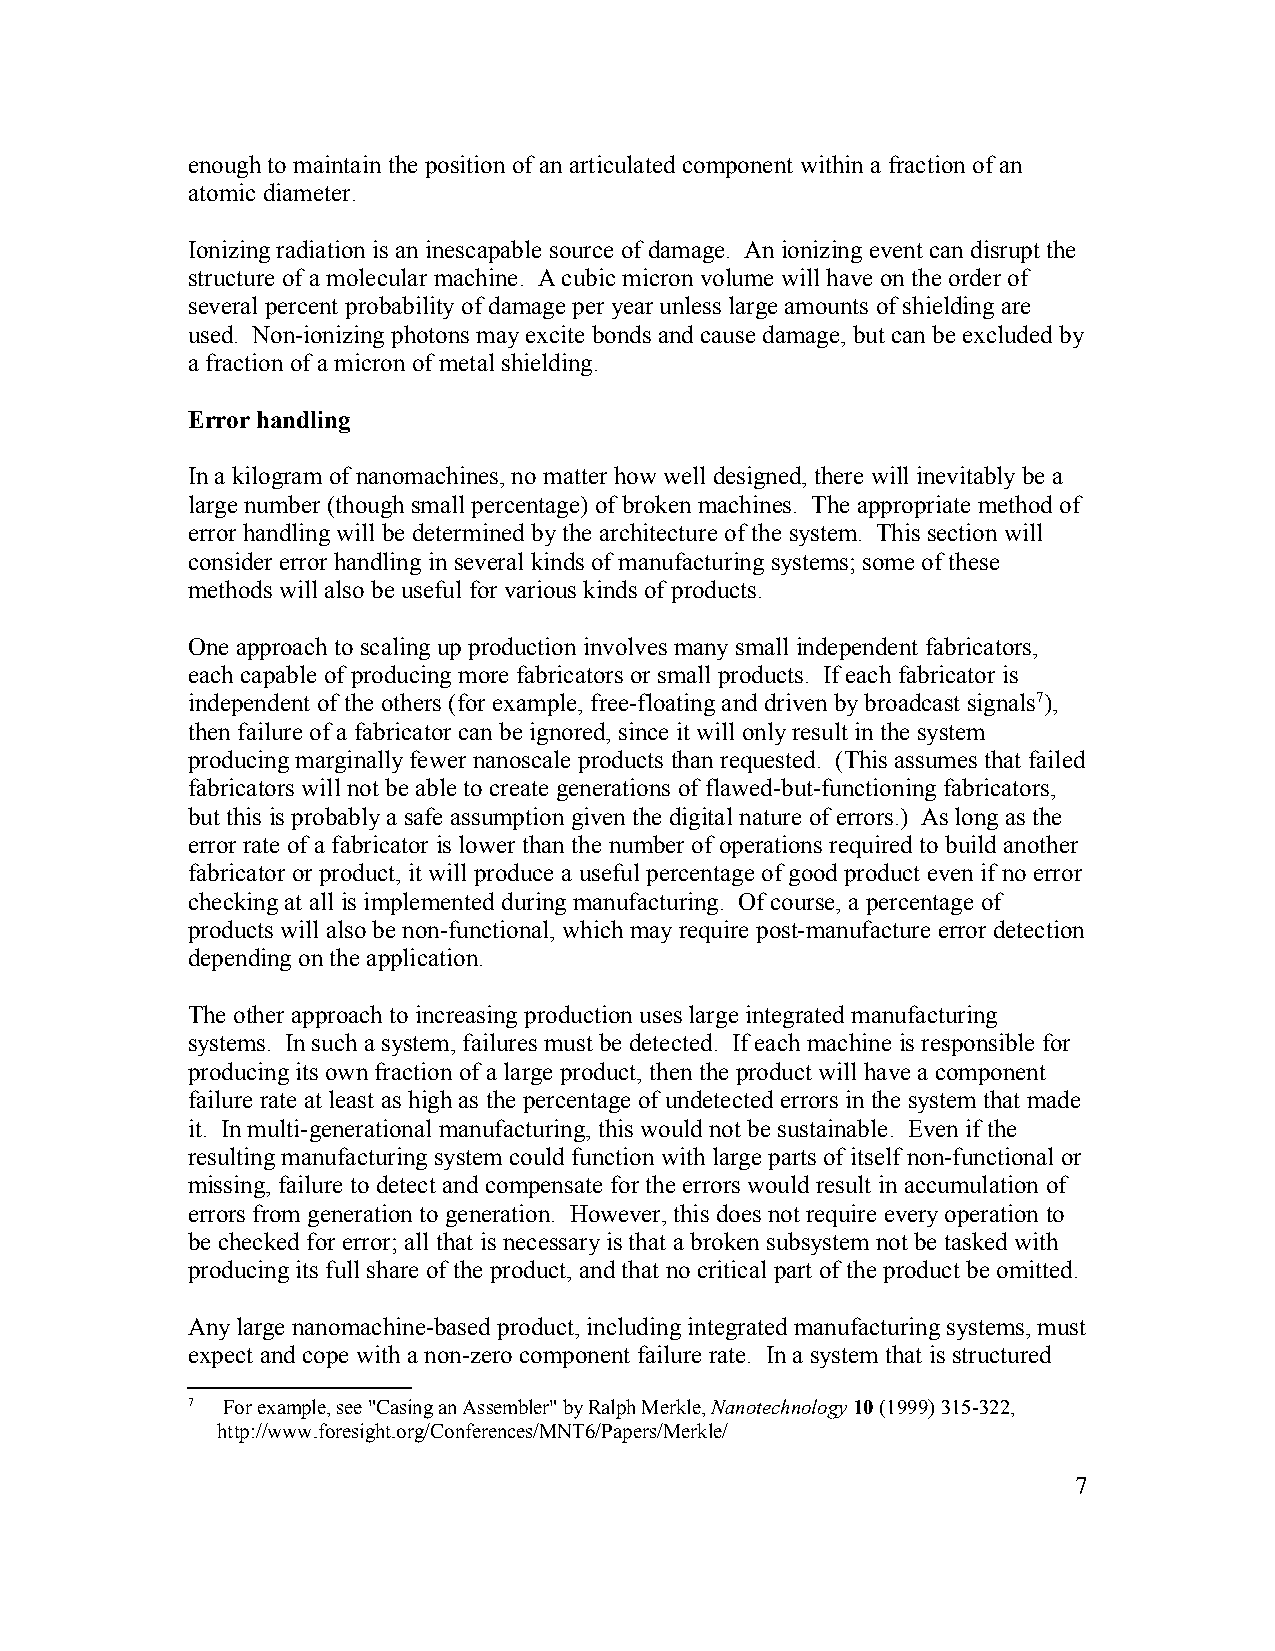
enough to maintain the position of an articulated component within a fraction of an
 atomic diameter.
 Ionizing radiation is an inescapable source of damage. An ionizing event can disrupt the
 structure of a molecular machine. A cubic micron volume will have on the order of
 several percent probability of damage per year unless large amounts of shielding are
 used. Non-ionizing photons may excite bonds and cause damage, but can be excluded by
 a fraction of a micron of metal shielding.
 Error handling
 In a kilogram of nanomachines, no matter how well designed, there will inevitably be a
 large number (though small percentage) of broken machines. The appropriate method of
 error handling will be determined by the architecture of the system. This section will
 consider error handling in several kinds of manufacturing systems; some of these
 methods will also be useful for various kinds of products.
 One approach to scaling up production involves many small independent fabricators,
 each capable of producing more fabricators or small products. If each fabricator is
 independent of the others (for example, free-floating and driven by broadcast signals7),
 then failure of a fabricator can be ignored, since it will only result in the system
 producing marginally fewer nanoscale products than requested. (This assumes that failed
 fabricators will not be able to create generations of flawed-but-functioning fabricators,
 but this is probably a safe assumption given the digital nature of errors.) As long as the
 error rate of a fabricator is lower than the number of operations required to build another
 fabricator or product, it will produce a useful percentage of good product even if no error
 checking at all is implemented during manufacturing. Of course, a percentage of
 products will also be non-functional, which may require post-manufacture error detection
 depending on the application.
 The other approach to increasing production uses large integrated manufacturing
 systems. In such a system, failures must be detected. If each machine is responsible for
 producing its own fraction of a large product, then the product will have a component
 failure rate at least as high as the percentage of undetected errors in the system that made
 it. In multi-generational manufacturing, this would not be sustainable. Even if the
 resulting manufacturing system could function with large parts of itself non-functional or
 missing, failure to detect and compensate for the errors would result in accumulation of
 errors from generation to generation. However, this does not require every operation to
 be checked for error; all that is necessary is that a broken subsystem not be tasked with
 producing its full share of the product, and that no critical part of the product be omitted.
 Any large nanomachine-based product, including integrated manufacturing systems, must
 expect and cope with a non-zero component failure rate. In a system that is structured
 7  For example, see "Casing an Assembler" by Ralph Merkle, Nanotechnology 10 (1999) 315-322,
 http://www.foresight.org/Conferences/MNT6/Papers/Merkle/
 7